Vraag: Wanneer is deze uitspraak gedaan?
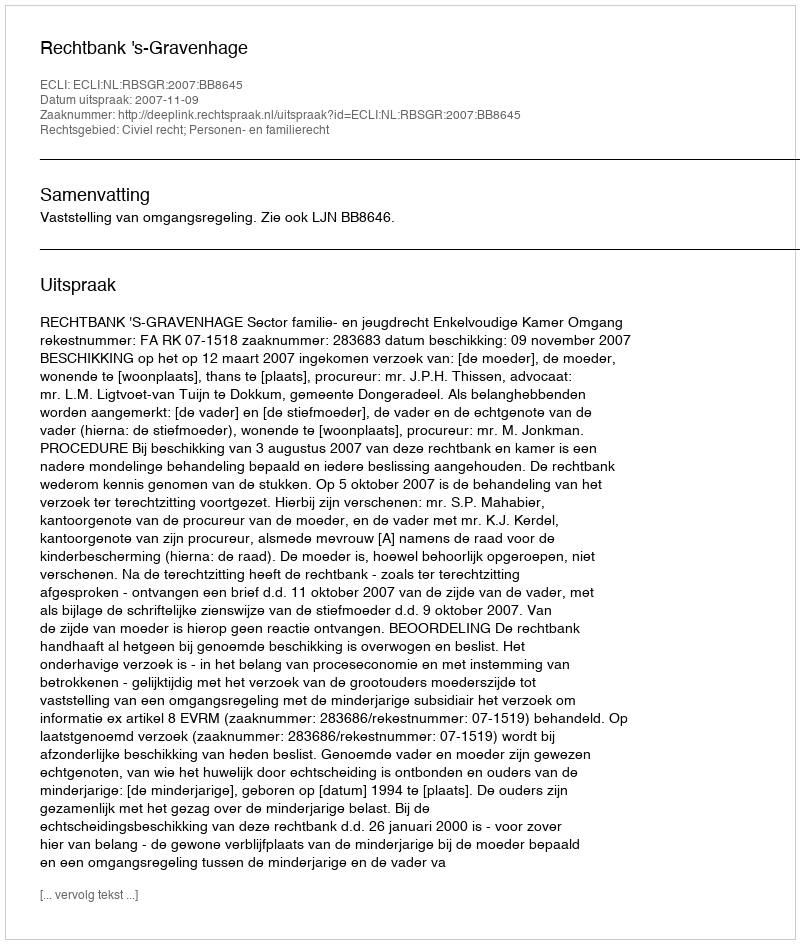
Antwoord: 2007-11-09